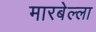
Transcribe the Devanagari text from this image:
मारबेल्ला